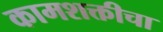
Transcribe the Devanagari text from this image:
कामशक्तीचा